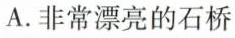
A.非常漂亮的石桥